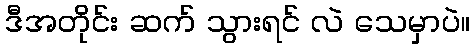
ဒီအတိုင်း ဆက် သွားရင် လဲ သေမှာပဲ။